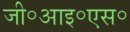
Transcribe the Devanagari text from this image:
जी॰आइ॰एस॰